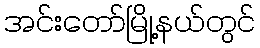
အင်းတော်မြို့နယ်တွင်